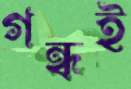
গন্ধই